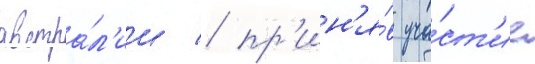
австра́л'ии / пр'ин'я́в уча́ст'ие